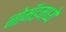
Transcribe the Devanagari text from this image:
नोमॅडमध्ये